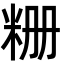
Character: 粣